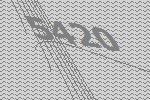
5420